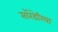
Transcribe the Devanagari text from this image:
सॉरडेरिया